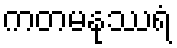
ကတမနုဿရံ